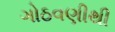
ગોઠવણીથી